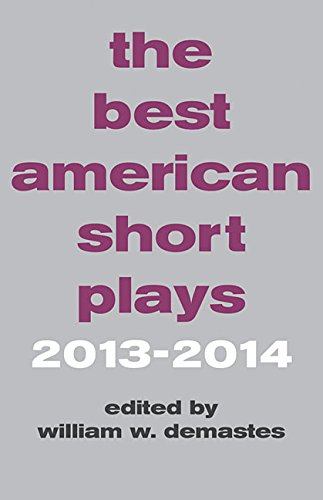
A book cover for The Best American Short Plays 2013-2014; John Patrick Bray; Humor & Entertainment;